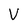
Character: V